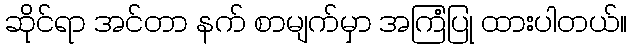
ဆိုင်ရာ အင်တာ နက် စာမျက်မှာ အကြံပြု ထားပါတယ်။